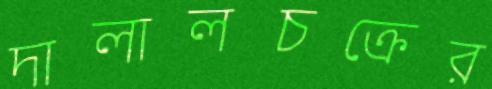
দালালচক্রের